Lunatic asylums in Bengal annual reports 1899-1911 - 1899-1911
Year: 1899
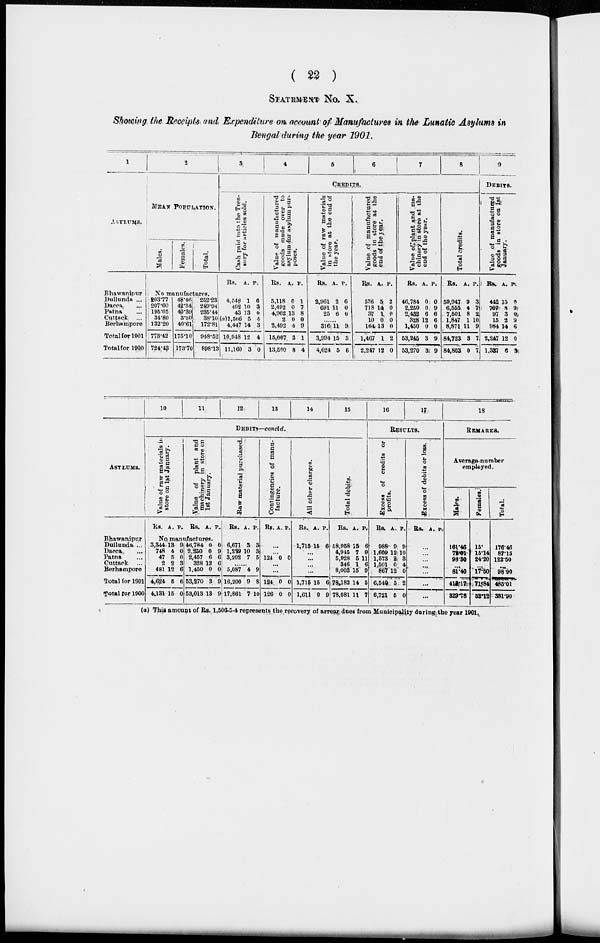
( 22 )
STATEMENT No. X.
Showing the Receipts and Expenditure on account of Manufactures in the Lunatic Asylums in
Bengal during the year 1901.
1
ASYLUMS.
Bhawanipur
Dullunda ...
Dacca ...
Patna ...
Cuttack
...
Berhampore
Total for 1901
Total for 1900
2
MEAN POPULATION.
Males.
Females.
Total.
No manufactures.
203.77
207.60
195.05
34.80
132.20
773.42
724.43
48.46
42.34
40.39
3.30
40.61
175.10
173.70
252.23
249.94
235.44
38.10
172.81
948.52
898.13
3
4
5
6
7
8
CREDITS.
Cash paid into the Trea-
sury for articles sold.
Rs.
4,548
402
43
(a) 1,506
4,447
10,948
11,160
A.
1
10
13
5
14
12
3
P.
6
3
0
4
3
4
0
Value of manufactured
goods made over to
asylum for asylum pur-
poses.
Rs.
5,118
2,492
4,962
2
2,492
15,067
13,500
A.
0
0
13
0
4
3
8
P.
1
7
8
0
9
1
4
Value of raw materials
in store at the end of
the year.
Rs.
2,961
691
25
A.
2
11
6
P.
6
0
0
......
316
3,994
4,624
11
15
5
9
3
6
Value of manufactured
goods in store at the
end of the year.
Rs.
536
713
37
10
164
1,467
2,247
A.
5
14
1
0
13
1
12
P.
2
0
0
0
0
2
0
Value of plant and ma-
chinery in store at the
end of the year.
Rs.
46,784
2,250
2,432
328
1,450
53,245
53,270
A.
0
0
6
12
0
3
3
P.
0
9
6
6
0
9
9
Total credits.
Rs.
59,947
6,555
7,501
1,847
8,871
84,723
84,803
A.
9
4
8
1
11
3
0
P.
3
7
2
10
9
7
7
9
DEBITS.
Value of manufactured
g oods in store on 1st
January.
Rs.
442
707
97
15
984
2,247
1,337
A.
15
3
3
2
14
12
6
P.
0
9
0
9
6
0
3
ASYLUMS.
Bhawanipur
Dullunda ...
Dacca ...
Patna ...
Cuttack ...
Berhampore
Total for 1901
Total for 1900
10
11
12
13
14
15
DEBITS—concld.
Value of raw materials in
store on 1st January.
Rs. A. P.
Value of plant and
machinery in store on
1st January.
Rs. A. P.
No manufactures.
3,344
748
47
2
481
4,624
4,181
13
4
5
2
12
5
15
0
0
0
3
6
6
0
46,784
2,250
2,457
328
1,450
53,270
53,013
0
0
6
12
0
3
13
0
9
6
0
0
9
9
Raw material purchased.
Rs.
6,671
1,239
3,202
A.
3
10
7
P.
3
3
5
......
5,087
16,200
17,861
4
9
7
9
8
10
Contingencies of manu-
facture.
Rs. A. P.
...
...
124 0 0
...
...
124
126
0
0
0
0
All other charges.
Rs.
1,715
A.
15
P.
6
...
...
...
...
1,715
1,611
15
0
6
9
Total debits.
Rs.
58,958
4,945
5,928
346
8,003
78,182
78,081
A.
15
7
5
1
15
14
11
P.
6
9
11
6
9
5
7
16
17
RESULTS.
Excess of credits or
profits.
Rs.
988
1,609
1,573
1,501
867
6,540
6,721
A.
9
12
2 0
12
5
5
P.
9
10
3
4
0
2
0
Excess of debits or loss.
Rs. A. P.
...
...
...
..
...
...
...
18
REMARKS.
Average number
employed.
Males.
161.46
72.01
98.30
...
81.40
413.17
329.78
Females.
15.
15.14
24.20
...
17.50
71.84
52.12
Total.
176.46
87.15
122.50
...
98.90
485.01
381.90
(a) This amount of Rs. 1,500-5-4 represents the recovery of arrear dues from Municipality during the year 1901.